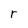
Character: r